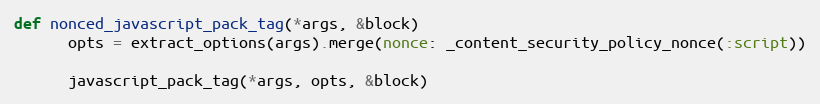
Language: Ruby
def nonced_javascript_pack_tag(*args, &block)
      opts = extract_options(args).merge(nonce: _content_security_policy_nonce(:script))

      javascript_pack_tag(*args, opts, &block)